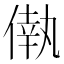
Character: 𠌷